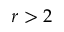
r > 2